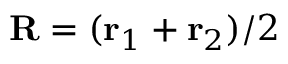
\ensuremath { \mathbf { R } } = ( \ensuremath { \mathbf { r } } _ { 1 } + \ensuremath { \mathbf { r } } _ { 2 } ) / 2